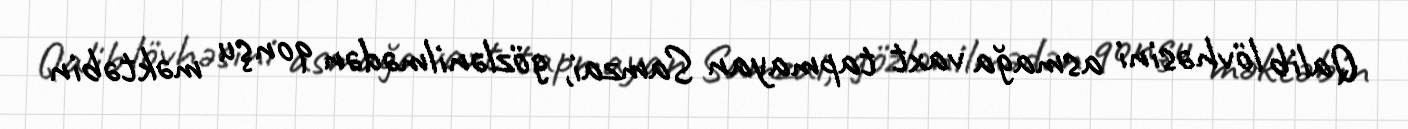
Qalib lövhəsini asmağa vaxt tapmayan Samzai, gözlənilmədən qonşu məktəbin